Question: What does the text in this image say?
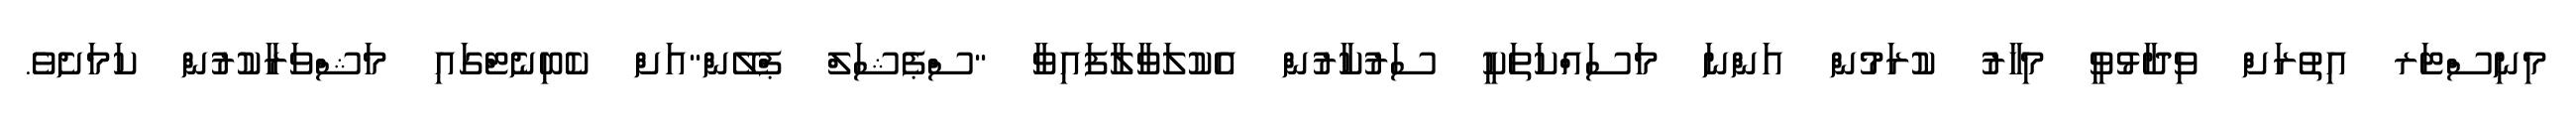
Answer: މިނިސްޓަރ އިތުރަށް ވިދާޅުވީ މިހާރު ކުރަމުން އަންނަ މަސައްކަތަކީ ސަރުކާރުން އެކުލަވާލާފައިވާ "ސްޕެޝަލް ޕްލޭން"އަށް ކެބިނެޓްގައި މަޝްވަރާކުރުން ކަމަށެވެ.